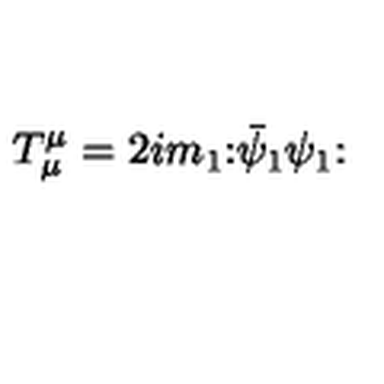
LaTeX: T _ { \mu } ^ { \mu } = 2 i m _ { 1 } \mathbf { : } \bar { \psi } _ { 1 } \psi _ { 1 } \mathbf { : }